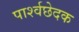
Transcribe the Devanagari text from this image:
पार्श्वछेदक